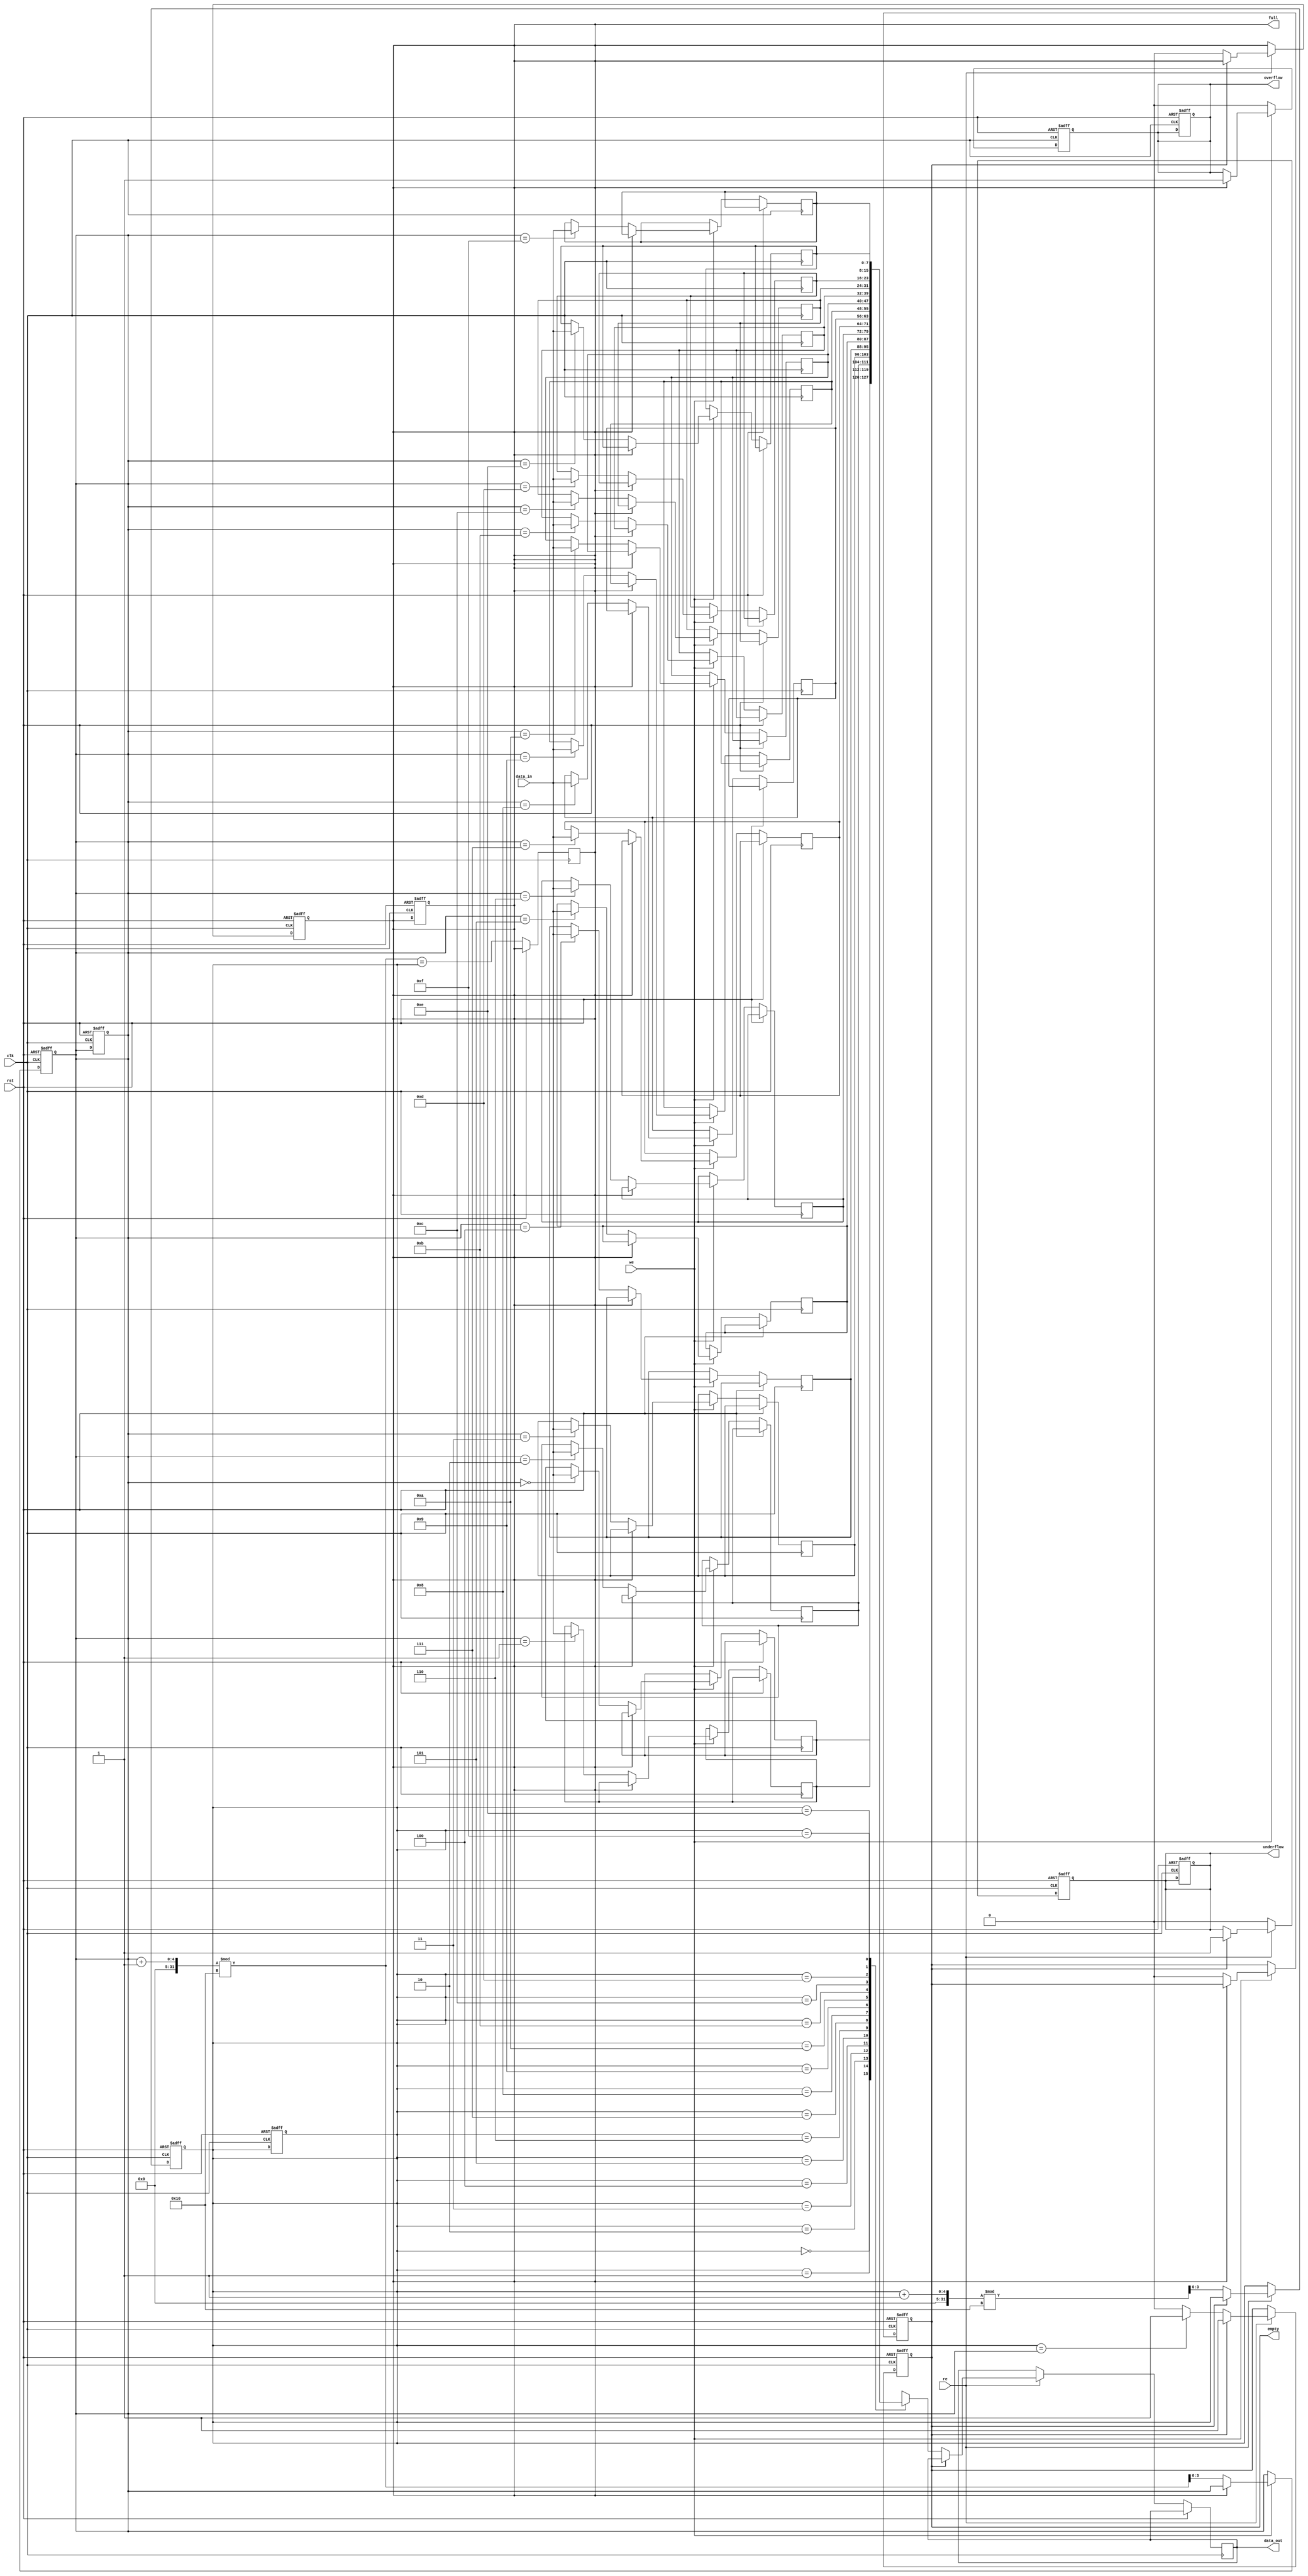
module fifo_sram #(
    parameter DATA_WIDTH = 8,  // Width of each data entry
    parameter DEPTH = 16        // Number of entries in the FIFO
)(
    input wire clk,             // Clock signal
    input wire rst,             // Reset signal
    input wire we,              // Write enable
    input wire re,              // Read enable
    input wire [DATA_WIDTH-1:0] data_in, // Data input
    output reg [DATA_WIDTH-1:0] data_out, // Data output
    output reg full,            // FIFO full flag
    output reg empty,           // FIFO empty flag
    output reg overflow,        // Overflow flag
    output reg underflow        // Underflow flag
);

    // Memory array
    reg [DATA_WIDTH-1:0] memory [0:DEPTH-1];

    // Pointers
    reg [3:0] head;             // Read pointer
    reg [3:0] tail;             // Write pointer

    // Initialize pointers and flags
    initial begin
        head = 0;
        tail = 0;
        full = 0;
        empty = 1;
        overflow = 0;
        underflow = 0;
    end

    // Write operation
    always @(posedge clk or posedge rst) begin
        if (rst) begin
            head <= 0;
            tail <= 0;
            full <= 0;
            empty <= 1;
            overflow <= 0;
            underflow <= 0;
        end else begin
            if (we) begin
                if (!full) begin
                    memory[tail] <= data_in; // Write data to memory
                    tail <= (tail + 1) % DEPTH; // Increment tail pointer
                    empty <= 0; // FIFO is not empty anymore
                end else begin
                    overflow <= 1; // Set overflow flag
                end
            end else begin
                overflow <= 0; // Clear overflow flag if not writing
            end
        end
    end

    // Read operation
    always @(posedge clk or posedge rst) begin
        if (rst) begin
            head <= 0;
            tail <= 0;
            full <= 0;
            empty <= 1;
            overflow <= 0;
            underflow <= 0;
        end else begin
            if (re) begin
                if (!empty) begin
                    data_out <= memory[head]; // Read data from memory
                    head <= (head + 1) % DEPTH; // Increment head pointer
                    if (head == tail) begin
                        empty <= 1; // FIFO is empty after read
                    end
                    full <= 0; // FIFO is not full anymore
                end else begin
                    underflow <= 1; // Set underflow flag
                end
            end else begin
                underflow <= 0; // Clear underflow flag if not reading
            end
        end
    end

    // Update full flag
    always @(posedge clk) begin
        if (!rst) begin
            full <= (tail + 1) % DEPTH == head; // Check if FIFO is full
        end
    end

endmodule